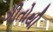
ગીતોથી